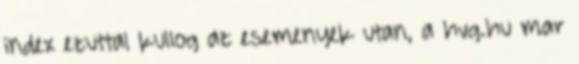
index ezuttal kullog az esemenyek utan, a hvg.hu mar